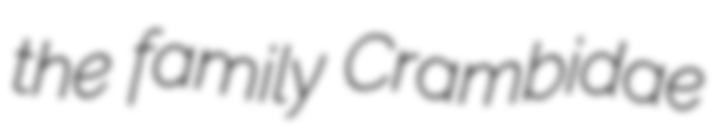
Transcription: the family Crambidae